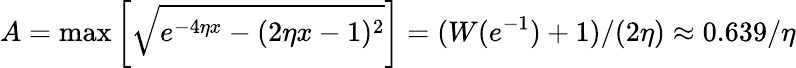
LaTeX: A=\operatorname*{max}\left[\sqrt{e^{-4\eta x}-(2\eta x-1)^{2}}\right]=(W(e^{-1})+1)/(2\eta)\approx 0.639/\eta